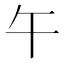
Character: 午